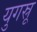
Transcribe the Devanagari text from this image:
युगस्रू